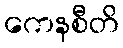
ကေနစီတိ